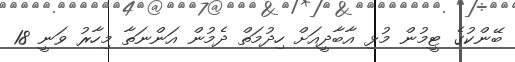
ބޭންކުގެ ޓީމުން މުޅި އާބާދީއަށް ހިދުމަތް ދެމުން އަންނަތާ މިހާރު ވަނީ 18